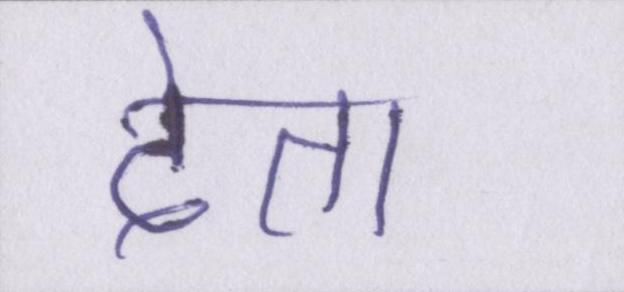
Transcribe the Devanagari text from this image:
देता।